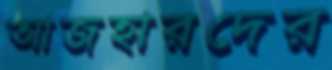
আজহারদের